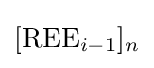
[{\text{REE}}_{i-1}]_{n}